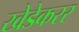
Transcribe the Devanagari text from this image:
खेडेकरर